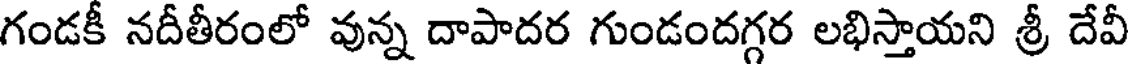
గండకీ నదీతీరంలో వున్న దాపాదర గుండందగ్గర లభిస్తాయని శ్రీ దేవీ